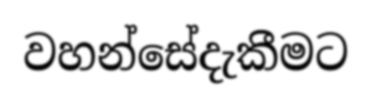
වහන්සේදැකීමට